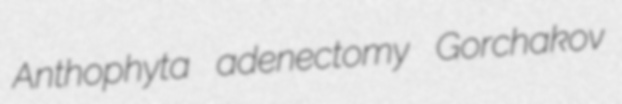
Anthophyta adenectomy Gorchakov